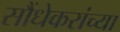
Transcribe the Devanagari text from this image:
सौंधेकरांच्या